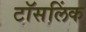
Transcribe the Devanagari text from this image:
टॉसलिंक